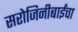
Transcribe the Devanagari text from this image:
सरोजिनीबाईंचा